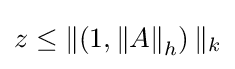
z\leq \left\|(1,\left\|A\right\|_{h}\right)\|_{k}